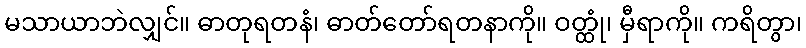
မသာယာဘဲလျှင်။ ဓာတုရတနံ၊ ဓာတ်တော်ရတနာကို။ ဝတ္ထုံ၊ မှီရာကို။ ကရိတွာ၊